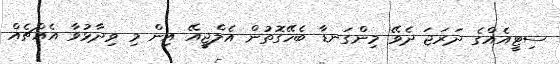
ސިޓީއެއްގެ ދަރަޖަ ދެވޭ މިންގަނޑާ ބެހޭގޮތުން އެލްޖީއޭ އިން މި ވިދާޅުވާ އެއްޗެއް